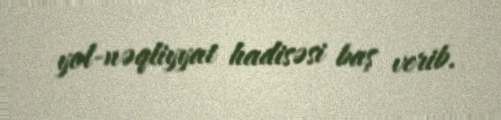
yol-nəqliyyat hadisəsi baş verib.